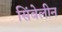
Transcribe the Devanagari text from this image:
सिंबेलीन